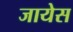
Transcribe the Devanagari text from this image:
जायेस